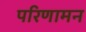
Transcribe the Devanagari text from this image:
परिणामन